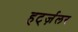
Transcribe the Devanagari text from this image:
हर्ट्ज़लर